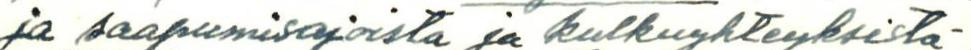
ja saapumisajoista ja kulkuyhteyksistä